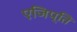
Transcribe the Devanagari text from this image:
एजिप्ति